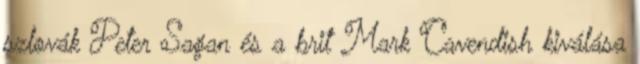
szlovák Peter Sagan és a brit Mark Cavendish kiválása